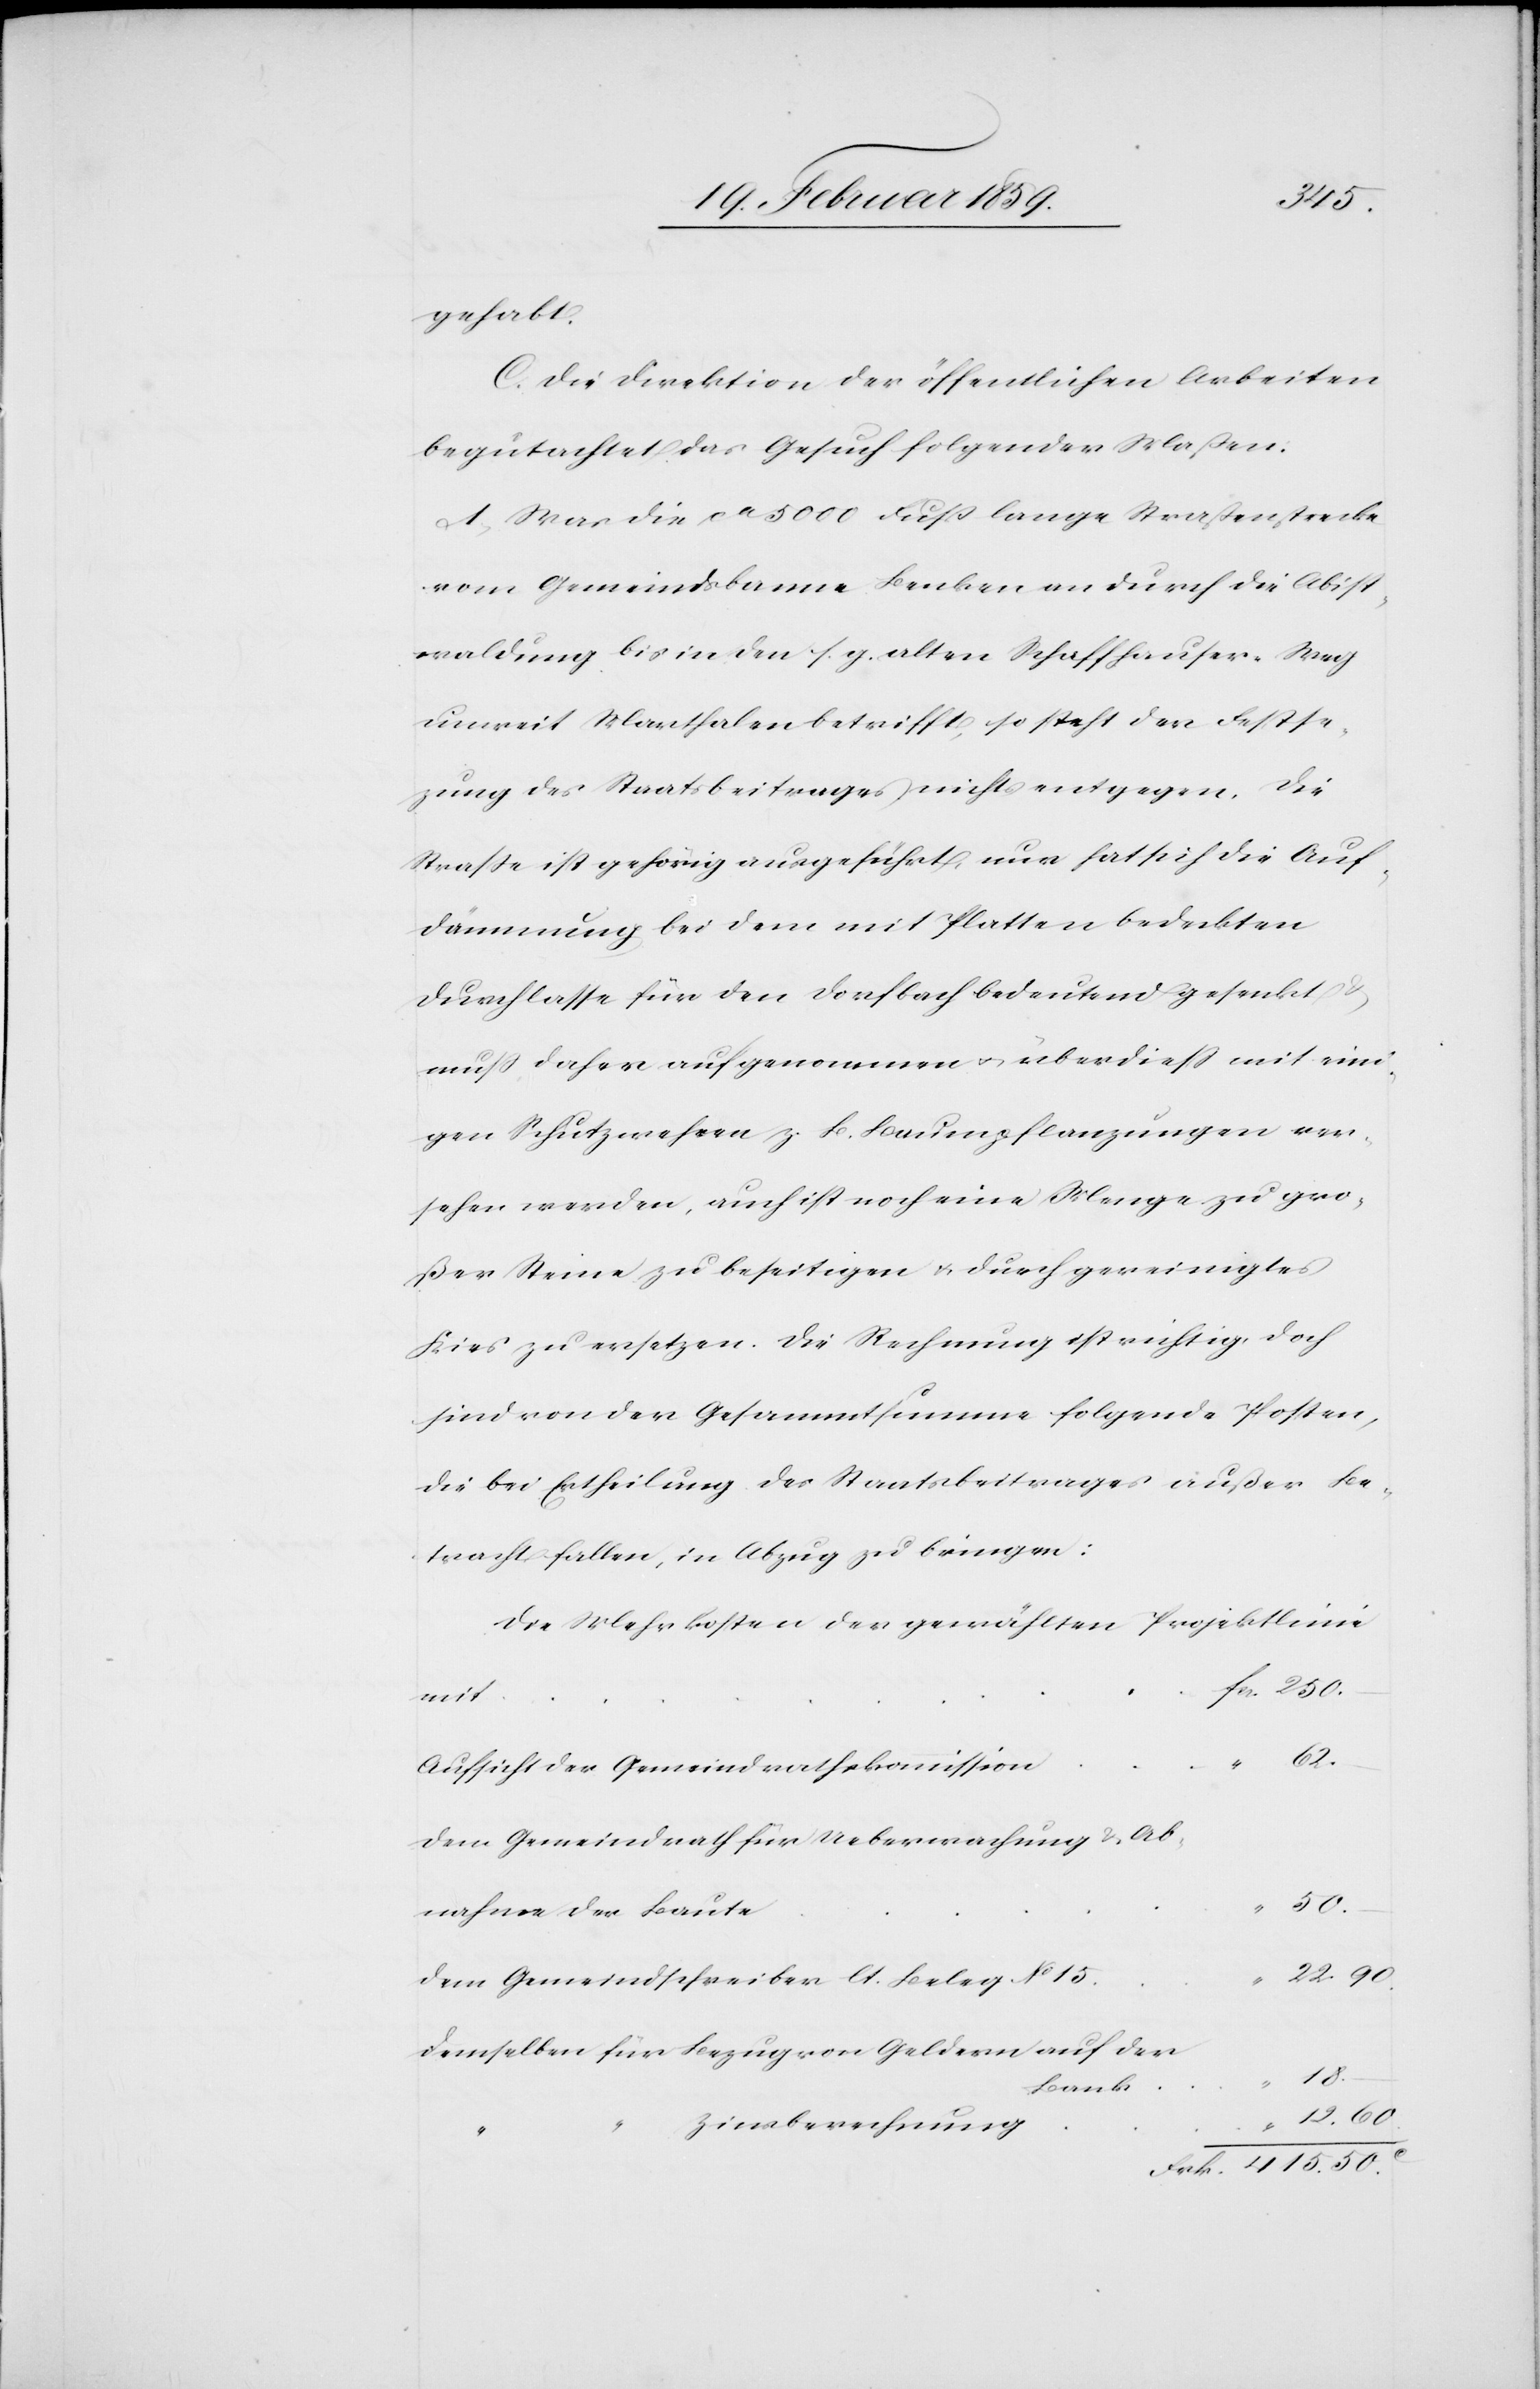
gehabt.
C. Die Direktion der öffentlichen Arbeiten
begutachtet das Gesuch folgender Maßen:
1) Was die ca 5000 Fuß lange Straßenstrecke
vom Gemeindsbanne Benken an durch die Abist¬
waldung bis in den s. g. alten Schaffhauser-Weg
unweit Marthalen betrifft, so steht der Festse¬
zung des Staatsbeitrages nichts entgegen. Die
Straße ist gehörig ausgeführt, nur hat sich die Auf¬
dämmung bei dem mit Platten bedeckten
Durchlasse für den Dorfbach bedeutend gesenkt
muß daher aufgenommen u. überdieß mit eini¬
gen Schutzwehren z.B. Baumpflanzungen ver¬
sehen werden, auch ist noch eine Menge zu gro¬
ßer Steine zu beseitigen u. durch gereinigtes
Kies zu ersetzen. Die Rechnung ist richtig, doch
sind von der Gesammtsumme folgende Posten,
die bei Ertheilung des Staatsbeitrages außer Be¬
tracht fallen, in Abzug zu bringen:
Die Mehrkosten der gewählten Projektlinie
“
c.
Aufsicht der Gemeindrathskommission
Dem Gemeindrath für Uebermachung & Ab¬
50.
nahme der Baute
22. 90.
Dem Gemeindschreiber lt. Beleg No 15
Demselben für Bezug von Geldern auf der
Bank
Zinsberechnung